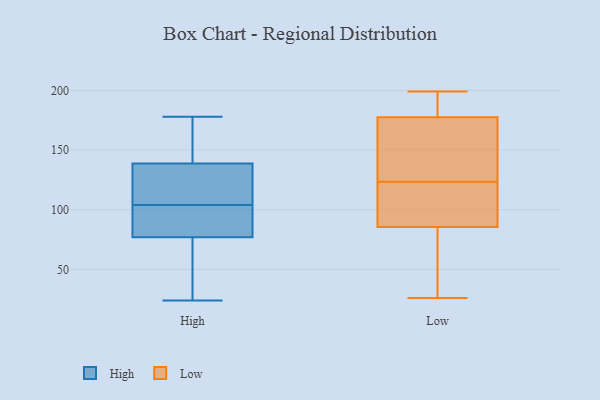
{"axis": {"x": "Budget (USD K)", "y": "Value"}, "legend": ["High", "Low"], "data": [{"x": "", "y": 24, "type": "High"}, {"x": "", "y": 144, "type": "High"}, {"x": "", "y": 108, "type": "High"}, {"x": "", "y": 92, "type": "High"}, {"x": "", "y": 104, "type": "High"}, {"x": "", "y": 178, "type": "High"}, {"x": "", "y": 36, "type": "High"}, {"x": "", "y": 104, "type": "High"}, {"x": "", "y": 123, "type": "High"}, {"x": "", "y": 161, "type": "High"}, {"x": "", "y": 72, "type": "High"}, {"x": "", "y": 190, "type": "Low"}, {"x": "", "y": 26, "type": "Low"}, {"x": "", "y": 132, "type": "Low"}, {"x": "", "y": 196, "type": "Low"}, {"x": "", "y": 109, "type": "Low"}, {"x": "", "y": 136, "type": "Low"}, {"x": "", "y": 193, "type": "Low"}, {"x": "", "y": 88, "type": "Low"}, {"x": "", "y": 83, "type": "Low"}, {"x": "", "y": 199, "type": "Low"}, {"x": "", "y": 165, "type": "Low"}, {"x": "", "y": 96, "type": "Low"}, {"x": "", "y": 119, "type": "Low"}, {"x": "", "y": 61, "type": "Low"}, {"x": "", "y": 128, "type": "Low"}, {"x": "", "y": 49, "type": "Low"}]}